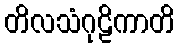
တိလသံဂုဠိကာတိ